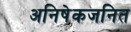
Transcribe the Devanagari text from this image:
अनिषेकजनित